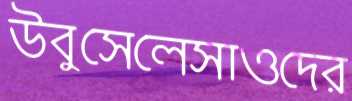
উবুসেলেসাওদের